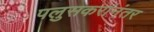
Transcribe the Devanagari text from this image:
पलुसकरांनंतर